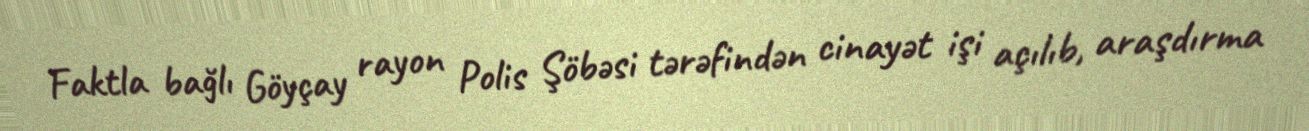
Faktla bağlı Göyçay rayon Polis Şöbəsi tərəfindən cinayət işi açılıb, araşdırma